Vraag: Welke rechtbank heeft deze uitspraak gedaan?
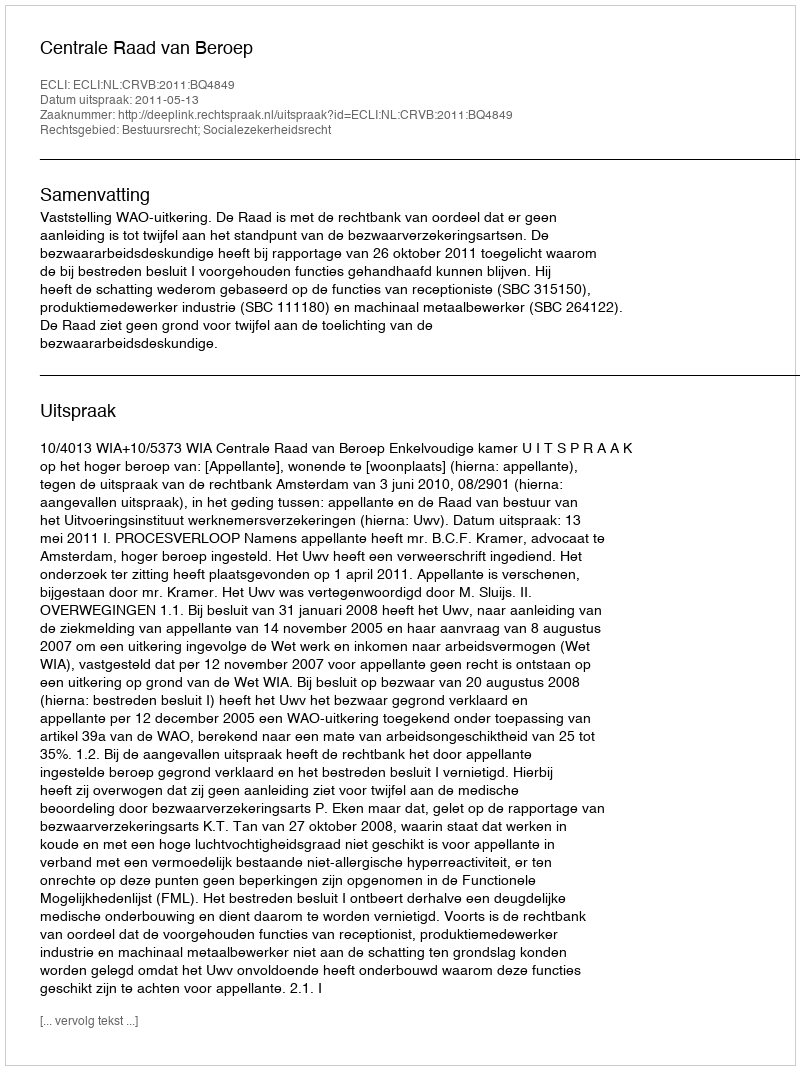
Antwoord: Centrale Raad van Beroep